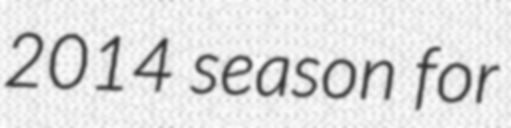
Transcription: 2014 season for